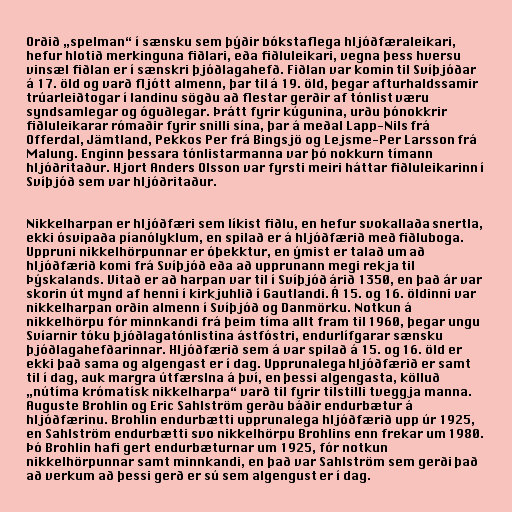
Orðið „spelman“ í sænsku sem þýðir bókstaflega hljóðfæraleikari,
hefur hlotið merkinguna fiðlari, eða fiðluleikari, vegna þess hversu
vinsæl fiðlan er í sænskri þjóðlagahefð. Fiðlan var komin til Svíþjóðar
á 17. öld og varð fljótt almenn, þar til á 19. öld, þegar afturhaldssamir
trúarleiðtogar í landinu sögðu að flestar gerðir af tónlist væru
syndsamlegar og óguðlegar. Þrátt fyrir kúgunina, urðu þónokkrir
fiðluleikarar rómaðir fyrir snilli sína, þar á meðal Lapp-Nils frá
Offerdal, Jämtland, Pekkos Per frá Bingsjö og Lejsme-Per Larsson frá
Malung. Enginn þessara tónlistarmanna var þó nokkurn tímann
hljóðritaður. Hjort Anders Olsson var fyrsti meiri háttar fiðluleikarinn í
Svíþjóð sem var hljóðritaður.

Nikkelharpan er hljóðfæri sem líkist fiðlu, en hefur svokallaða snertla,
ekki ósvipaða píanólyklum, en spilað er á hljóðfærið með fiðluboga.
Uppruni nikkelhörpunnar er óþekktur, en ýmist er talað um að
hljóðfærið komi frá Svíþjóð eða að upprunann megi rekja til
Þýskalands. Vitað er að harpan var til í Svíþjóð árið 1350, en það ár var
skorin út mynd af henni í kirkjuhlið í Gautlandi. Á 15. og 16. öldinni var
nikkelharpan orðin almenn í Svíþjóð og Danmörku. Notkun á
nikkelhörpu fór minnkandi frá þeim tíma allt fram til 1960, þegar ungu
Svíarnir tóku þjóðlagatónlistina ástfóstri, endurlífgarar sænsku
þjóðlagahefðarinnar. Hljóðfærið sem á var spilað á 15. og 16. öld er
ekki það sama og algengast er í dag. Upprunalega hljóðfærið er samt
til í dag, auk margra útfærslna á því, en þessi algengasta, kölluð
„nútíma krómatísk nikkelharpa“ varð til fyrir tilstilli tveggja manna.
Auguste Brohlin og Eric Sahlström gerðu báðir endurbætur á
hljóðfærinu. Brohlin endurbætti upprunalega hljóðfærið upp úr 1925,
en Sahlström endurbætti svo nikkelhörpu Brohlins enn frekar um 1980.
Þó Brohlin hafi gert endurbæturnar um 1925, fór notkun
nikkelhörpunnar samt minnkandi, en það var Sahlström sem gerði það
að verkum að þessi gerð er sú sem algengust er í dag.